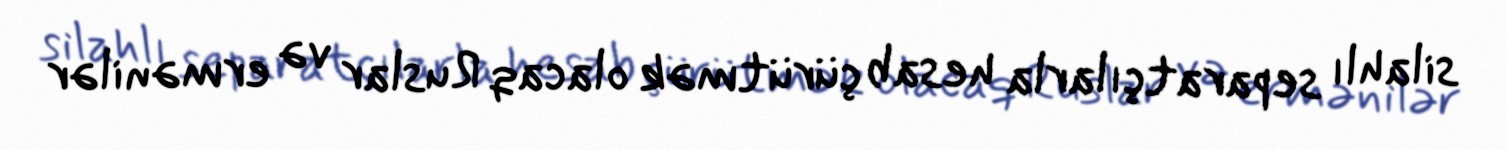
silahlı separatçılarla hesab çürütmək olacaq Ruslar və ermənilər